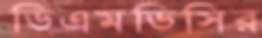
ডিএমডিসির